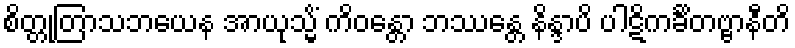
စိတ္တုတြာသဘယေန အာယုသ္မိံ ကိဝန္တော ဘဿန္တေ နိန္ဒာပိ ပါဋိကင်္ခိတဗ္ဗာနီတိ